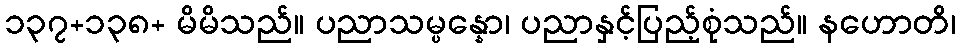
၁၃၇+၁၃၈+ မိမိသည်။ ပညာသမ္ပန္နော၊ ပညာနှင့်ပြည့်စုံသည်။ နဟောတိ၊